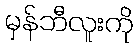
မှန်ဘီလူးကို